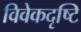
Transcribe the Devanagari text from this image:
विवेकदृष्टि